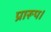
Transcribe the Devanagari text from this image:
प्रारूप।